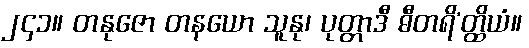
၂၄၁။ တနုဇော တနယော သူနု၊ ပုတ္တာဒီ ဓီတရိ’တ္ထိယံ။